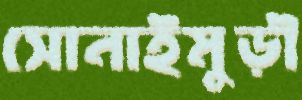
সোনাইমুড়ী